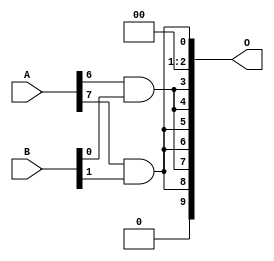
// This program was cloned from: https://github.com/ehw-fit/evoapproxlib
// License: MIT License

/***
* This code is a part of EvoApproxLib library (ehw.fit.vutbr.cz/approxlib) distributed under The MIT License.
* When used, please cite the following article(s): V. Mrazek, L. Sekanina, Z. Vasicek "Libraries of Approximate Circuits: Automated Design and Application in CNN Accelerators" IEEE Journal on Emerging and Selected Topics in Circuits and Systems, Vol 10, No 4, 2020 
* This file contains a circuit from a sub-set of pareto optimal circuits with respect to the pwr and mse parameters
***/
// MAE% = 7.50 %
// MAE = 77 
// WCE% = 25.39 %
// WCE = 260 
// WCRE% = 137.50 %
// EP% = 74.71 %
// MRE% = 60.33 %
// MSE = 10903 
// PDK45_PWR = 0.0006 mW
// PDK45_AREA = 4.7 um2
// PDK45_DELAY = 0.04 ns

module mul8x2u_0SN (
    A,
    B,
    O
);

input [7:0] A;
input [1:0] B;
output [9:0] O;

wire sig_17,sig_25;

assign sig_17 = A[6] & B[0];
assign sig_25 = A[7] & B[1];

assign O[9] = 1'b0;
assign O[8] = sig_25;
assign O[7] = sig_17;
assign O[6] = sig_25;
assign O[5] = sig_25;
assign O[4] = sig_17;
assign O[3] = sig_17;
assign O[2] = 1'b0;
assign O[1] = 1'b0;
assign O[0] = sig_25;

endmodule